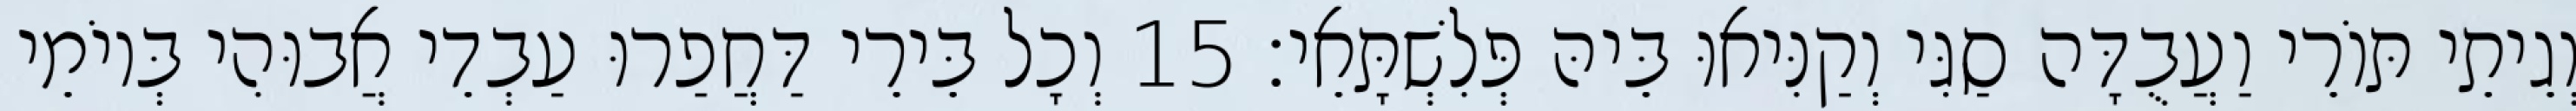
וְגֵיתֵי תּוֹרֵי וַעֲבֻדָּה סַגִּי וְקַנִּיאוּ בֵּיהּ פְּלִשְׁתָּאֵי׃ 15 וְכָל בֵּירֵי דַּחֲפַרוּ עַבְדֵי אֲבוּהִי בְּיוֹמֵי